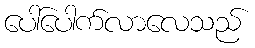
ပေါ်ပေါက်လာလေသည်